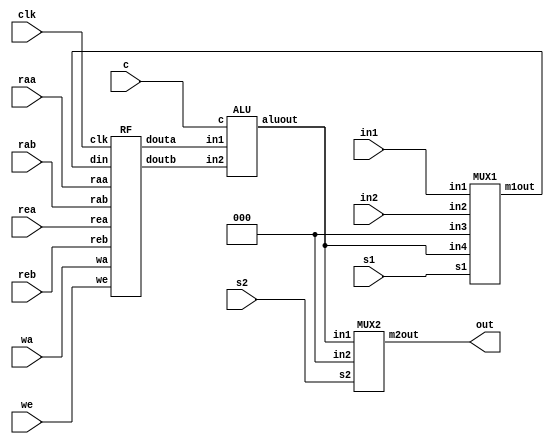
module DP(in1, in2, s1, clk, wa, we, raa, rea, rab, reb, c, s2, out);
input [2:0] in1, in2;
input [1:0] s1, wa, raa, rab, c;
input we, rea, reb, s2, clk;
output [2:0] out;
wire [2:0] mux1out;
wire [2:0] douta;
wire [2:0] doutb;
wire [2:0] aluout;
// instantiate the building blocks
MUX1 U0(.in1(in1), .in2(in2), .in3(3'b000), .in4(aluout), .s1(s1), .m1out(mux1out));
RF U1(.clk(clk), .rea(rea), .reb(reb), .raa(raa), .rab(rab), .we(we), .wa(wa), .din(mux1out), .douta(douta), .doutb(doutb));
ALU U2(.in1(douta), .in2(doutb), .c(c), .aluout(aluout));
MUX2 U3(.in1(aluout), .in2(3'b000), .s2(s2), .m2out(out));
endmodule //DP
/* Source Code for the Building Blocks Used */
module MUX1(in1, in2, in3, in4, s1, m1out);
input [2:0] in1, in2, in3, in4;
input [1:0] s1;
output reg [2:0] m1out;
always @ (in1, in2, in3, in4, s1)
begin
    case (s1)
        2'b11: m1out = in1;
        2'b10: m1out = in2;
        2'b01: m1out = in3;
        default: m1out = in4; // 2'b00
    endcase
end
endmodule //MUX1

module RF(clk, rea, reb, raa, rab, we, wa, din, douta, doutb);
input clk, rea, reb, we;
input [1:0] raa, rab, wa;
input [2:0] din;
output reg [2:0] douta, doutb;
reg [2:0] RegFile [3:0];
always @(rea, reb, raa, rab)
begin
    if (rea)
        douta = RegFile[raa];
    else douta = 3'b000;
    if (reb)
        doutb = RegFile[rab];
    else doutb = 3'b000;
end

always@(posedge clk)
begin
    if (we)
        RegFile[wa] = din;
    else
        RegFile[wa] = RegFile[wa];
end
endmodule //RF

module ALU (in1, in2, c, aluout);
input [2:0] in1, in2;
input [1:0] c;
output reg [2:0] aluout;
always @ (in1, in2, c)
begin
    case (c)
        2'b00: aluout = in1 + in2;
        2'b01: aluout = in1 - in2;
        2'b10: aluout = in1 & in2;
        default: aluout = in1 ^ in2; // 2'b11;
    endcase
end
endmodule //ALU

module MUX2 (in1, in2, s2, m2out);
input [2:0] in1, in2;
input s2;
output reg [2:0] m2out;
always @ (in1, in2, s2)
begin
    if (s2)
        m2out = in1;
    else
        m2out = in2;
end
endmodule //MUX2